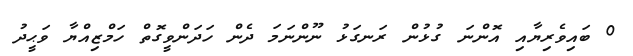
0 ބައިވެރިޔާއި އޮންނަ ގުޅުން ރަނގަޅު ނޫންނަމަ ދެން ހަދަންވީގޮތް ހަމްޒިއްޔާ ވަޙީދު